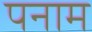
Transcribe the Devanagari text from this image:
पनाम